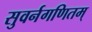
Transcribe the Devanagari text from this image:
सुवर्नगणितम्